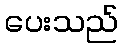
ပေးသည်